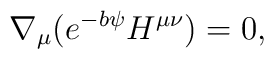
\nabla_{\mu} (e^{-b \psi } H^{\mu \nu}) = 0,